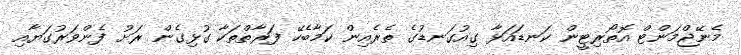
މެނޭޖްމަންޓް އޮތޯރިޓީން ކަނޑައަޅާ ގިއުގަނޑުގެ ތެރެއިން ކަމާބެހޭ ފަރާތްތަކާ ގުޅިގެން ރަށު ފެންވަރުގަޔާއި